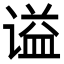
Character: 谥